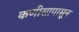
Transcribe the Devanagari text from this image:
कणीसापासून